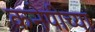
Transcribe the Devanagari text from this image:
कनेपीच्या